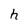
Character: h